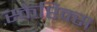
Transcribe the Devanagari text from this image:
स्केप्टिक्स